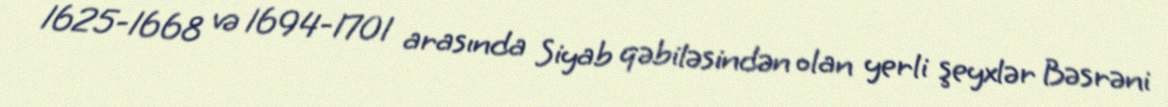
1625-1668 və 1694-1701 arasında Siyab qəbiləsindən olan yerli şeyxlər Bəsrəni